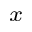
_ x